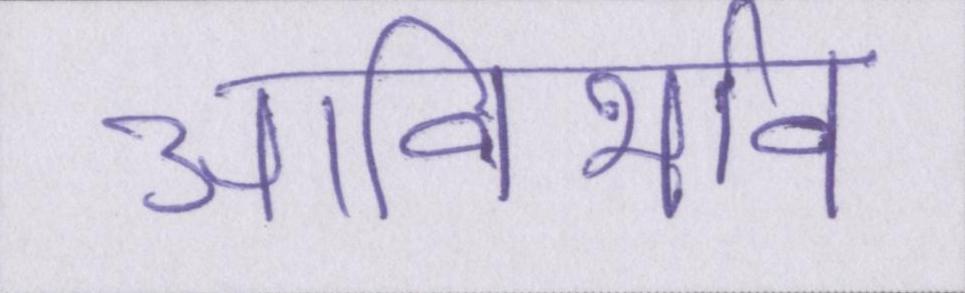
आविर्भाव